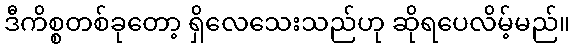
ဒီကိစ္စတစ်ခုတော့ ရှိလေသေးသည်ဟု ဆိုရပေလိမ့်မည်။